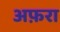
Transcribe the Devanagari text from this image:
अफ़रा